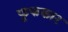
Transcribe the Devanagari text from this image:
फूफकार